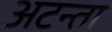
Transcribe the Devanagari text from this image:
अटन्ता